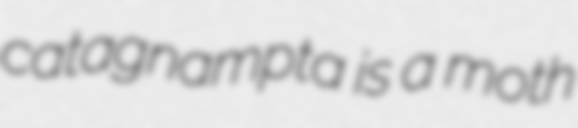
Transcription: catagnampta is a moth